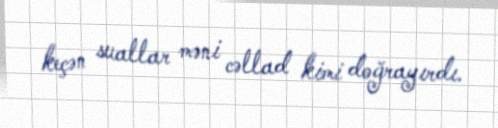
keçən suallar məni cəllad kimi doğrayırdı.